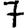
Digit: 7